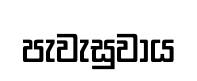
පැවැසුවාය